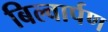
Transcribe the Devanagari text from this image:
बिल्वार्पण